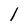
Character: l